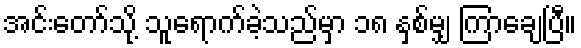
အင်းတော်သို့ သူရောက်ခဲ့သည်မှာ ၁၈ နှစ်မျှ ကြာချေပြီ။